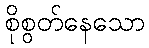
စိုစွတ်နေသော